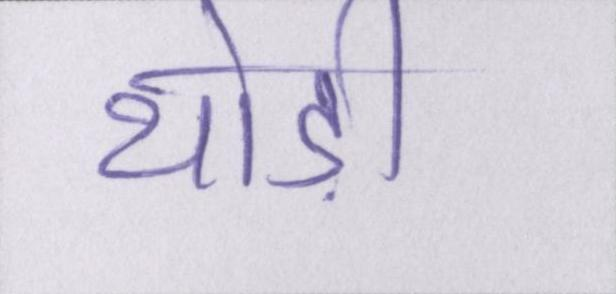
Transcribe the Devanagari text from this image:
थोड़ी